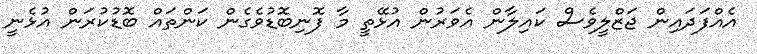
އެއްފަދައިން ޖަޒްލީވެސް ކައިލާން އެވަރުން އުޅޭތީ މާ ފޮނިބޮޑުވެގެން ކަންތައް ބޮޑުކުރަން އުޅެނީ